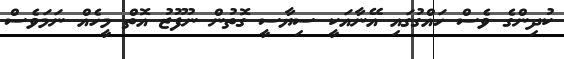
ކުދިންގެ ވެސް ހައްގުގައި އޭނާއަކީ ސިޔާސީ ގޮތުން ނުފޫޒު އޮތް މީހެއް ނަމަވެސް